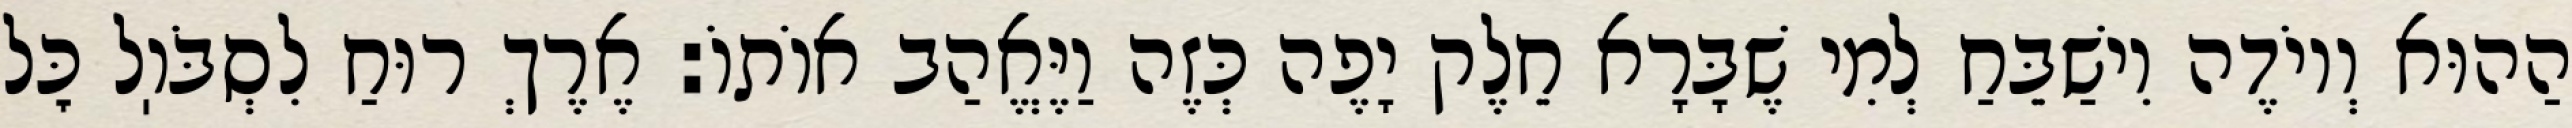
הַהוּא וְיוֹדֶה וִישַׁבֵּחַ לְמִי שֶׁבָּרָא חֵלֶק יָפֶה כְּזֶה וַיֶּאֱהַב אוֹתוֹ: אֶרֶךְ רוּחַ לִסְבֹּוֽל כׇּל